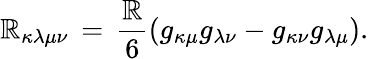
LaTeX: \mathbb{R}_{\kappa\lambda\mu\nu}\, =\, \frac{{\mathbb{R}}}{{6}}\left(g_{\kappa\mu}g_{\lambda\nu}-g_{\kappa\nu}g_{\lambda\mu}\right).